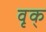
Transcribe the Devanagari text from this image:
वृक्